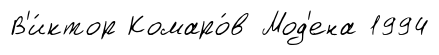
В'и́ктор Комаро́в Мод'ена 1994